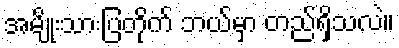
အမျိုးသားပြတိုက် ဘယ်မှာ တည်ရှိသလဲ။